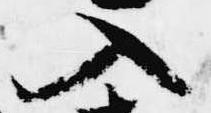
入